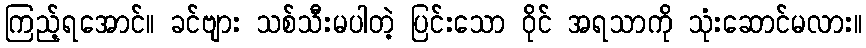
ကြည့်ရအောင်။ ခင်ဗျား သစ်သီးမပါတဲ့ ပြင်းသော ဝိုင် အရသာကို သုံးဆောင်မလား။